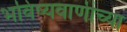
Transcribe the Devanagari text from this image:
भविष्यवाणीच्या